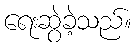
ရေးဆွဲခဲ့သည်။